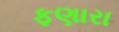
ફણારા